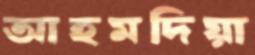
আহমদিয়া